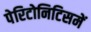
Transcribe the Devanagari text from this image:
पेरिटोनिटिसमें